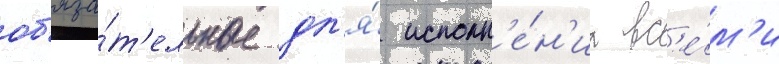
об'яза́т'ельные дл'я́ исполн'е́н'иа вс'е́м'и